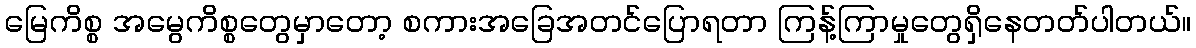
မြေကိစ္စ အမွေကိစ္စတွေမှာတော့ စကားအခြေအတင်ပြောရတာ ကြန့်ကြာမှုတွေရှိနေတတ်ပါတယ်။